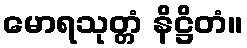
မောရသုတ္တံ နိဋ္ဌိတံ။